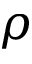
\rho